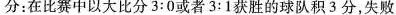
分：在比赛中以大比分3:0或者3:1获胜的球队积3分，失败